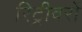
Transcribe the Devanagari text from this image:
रिट्रीवरों